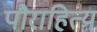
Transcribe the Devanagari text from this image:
पौराहित्य